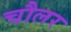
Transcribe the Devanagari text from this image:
चौलर